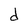
Character: b